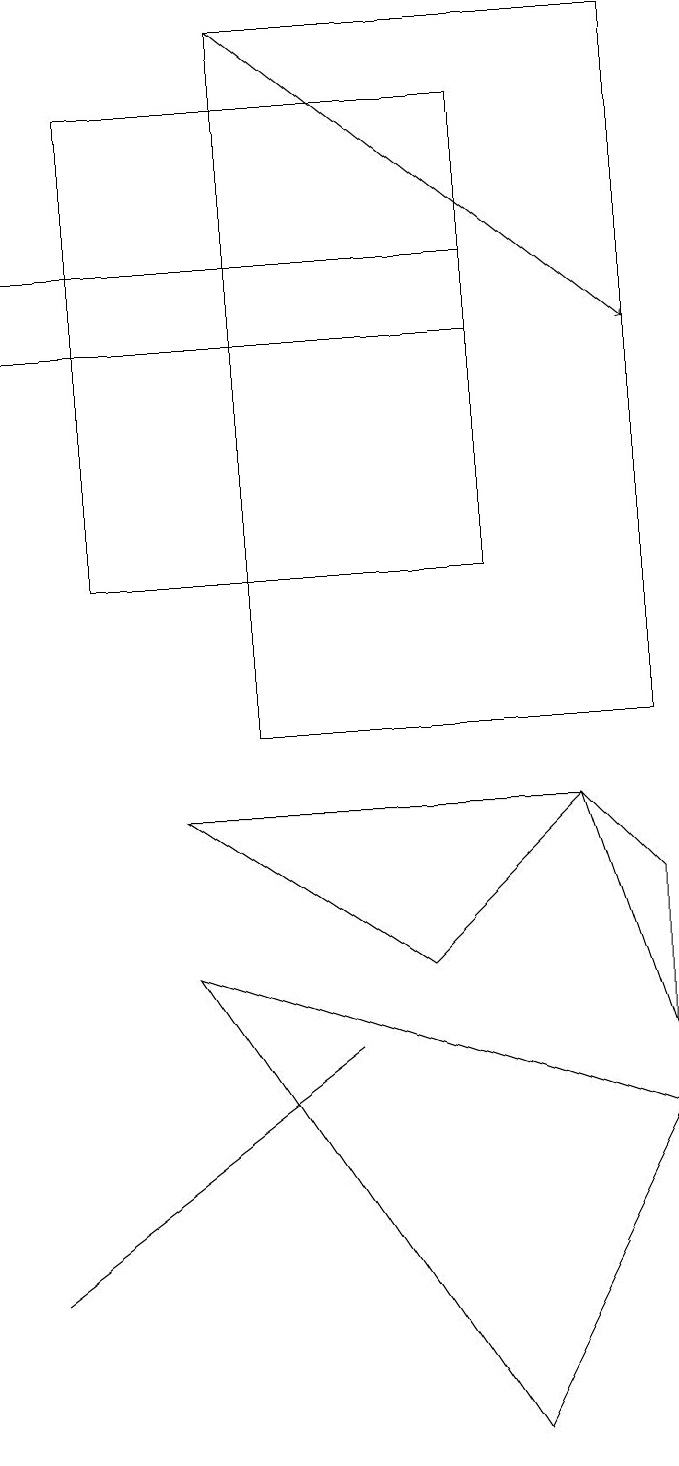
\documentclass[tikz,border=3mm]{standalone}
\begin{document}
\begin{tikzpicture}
\draw (8,6) -- (8,8) -- (7,9) -- cycle;
\draw (8,19) rectangle (3,10);
\draw (6,18) rectangle (1,12);
\draw (6,1) -- (8,5) -- (2,7) -- cycle;
\draw[->] (3,19) -- (8,15);
\draw (6,15) rectangle (0,16);
\draw (4,6) -- (0,3) -- (0,3) -- cycle;
\draw (5,7) -- (7,9) -- (2,9) -- cycle;
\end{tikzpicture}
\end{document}